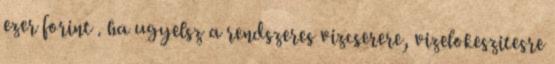
ezer forint . ha ugyelsz a rendszeres vizcserere, vizelokeszitesre